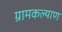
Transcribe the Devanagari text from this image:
ग्रामकल्याण